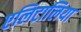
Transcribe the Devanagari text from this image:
एलिटालिया